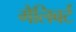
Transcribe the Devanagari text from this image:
गैलिबर्ट